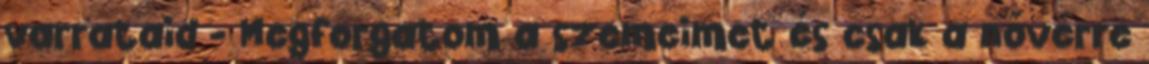
varrataid - Megforgatom a szemeimet és csak a nővérre